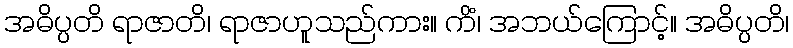
အဓိပ္ပတိ ရာဇာတိ၊ ရာဇာဟူသည်ကား။ ကိံ၊ အဘယ်ကြောင့်။ အဓိပ္ပတိ၊